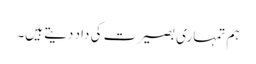
ہم تمہاری بصیرت کی داد دیتے ہیں۔